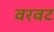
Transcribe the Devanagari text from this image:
वरवट